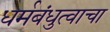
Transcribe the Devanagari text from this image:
धर्मबंधुत्वाचा